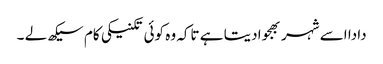
دادا اسے شہر بھجوا دیتا ہے تاکہ وہ کوئی تکنیکی کام سیکھ لے ۔